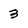
Character: 3